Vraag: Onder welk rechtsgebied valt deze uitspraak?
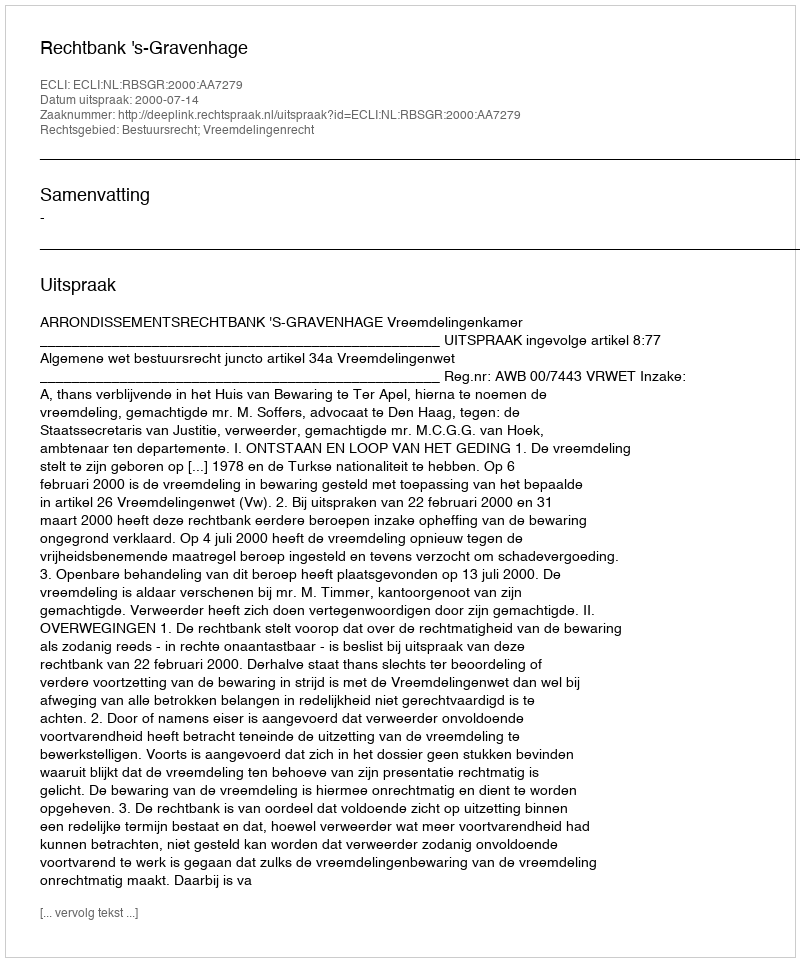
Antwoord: Bestuursrecht; Vreemdelingenrecht